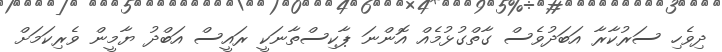
ދިވެހި ސަރުކާރާ އަބަދުވެސް ގާތްގުޅުމެއް އޮންނަ ޕާކިސްތާނަކީ ރައީސް އަބްދު ޔާމީން ވެރިކަަމަށް